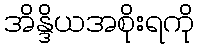
အိန္ဒိယအစိုးရကို